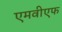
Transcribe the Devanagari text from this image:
एमवीएफ